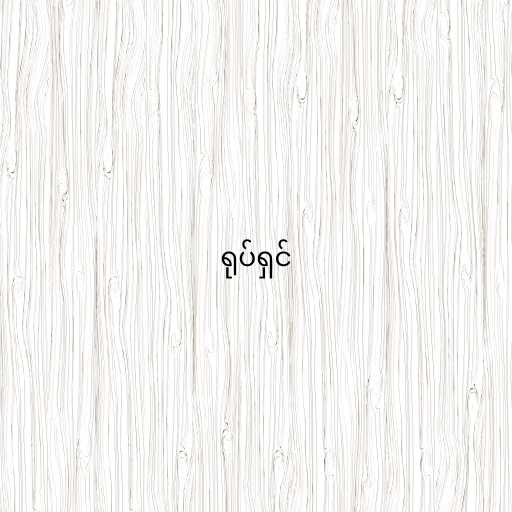
ရုပ်ရှင်